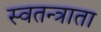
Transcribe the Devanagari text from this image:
स्वतन्त्राता